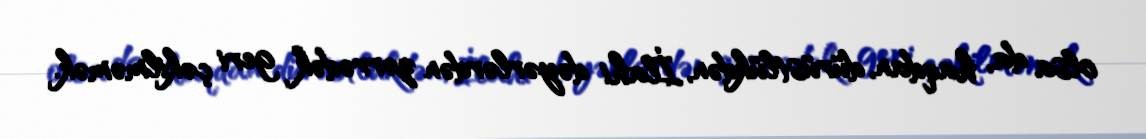
olsa da, haqdan, dürüstlükdən, İlahi dəyərlərdən zərrədək geri çəkilməmək.